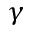
\gamma